Report on enteric fever
Disease focus: Fever
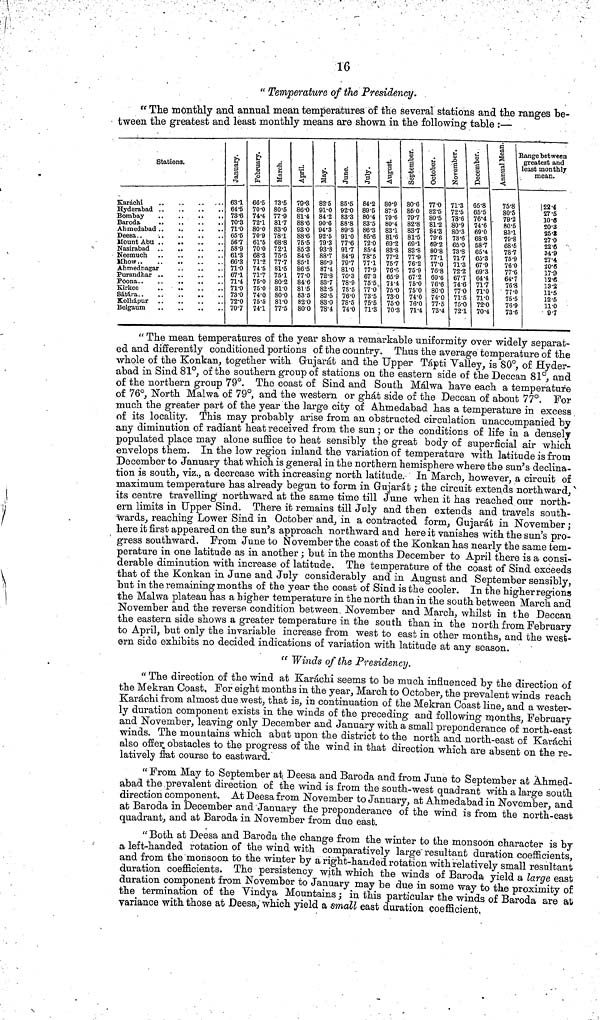
16
" Temperature of the Presidency.
" The monthly and annual mean temperatures of the several stations and the ranges be-
tween the greatest and least monthly means are shown in the following table :—
" The mean temperatures of the year show a remarkable uniformity over widely separat-
ed and differently conditioned portions of the country. Thus the average temperature of the
whole of the Konkan, together with Gujarat and the Upper Tá.pti Valley,, is 80°, of Hyder-
abad in Sind 81°, of the southern group of stations on the eastern side of the Deccan 81°, and
of the northern group 79°. The coast of Sind and South Málwa have each a temperature
of 76°, North Malwa of 79°, and the western or ghat side of the Deccan of about 77°. For
much the greater pa.rt of the year the large city of Ahmedabad has a temperature in excess
of its locality. This may probably arise from an obstructed circulation unaccompanied by
any diminution of radiant heat received from, the sun ; or the conditions of life in a densely
populated place may alone suffice to heat sensibly the great body of superficial air which
envelops them. In the low region inland the variation of temperature with latitude is from
December to January that which is general in the northern hemisphere where the sun's declina-
tion is south, viz., a decrease with increasing north latitude. In March, however, a circuit of
maximum temperature has already begun to form in Gujarat ; the circuit extends northward/
its centre travelling northward at the same time till June when it has reached our north-
ern limits in Upper Sind. There it remains till July and then extends and travels south-
wards, reaching Lower Sind in October and, in a contracted form, Gujarat in November ;
here it first appeared on the sun's approach northward and here it vanishes with the sun's pro-
gress southward. From June to November the coast of the Konkan has nearly the same tem-
perature in one latitude as in another ; but in the months December to April there is a consi-
derable diminution with increase of latitude. The temperature of the coast of Sind exceeds
that of the Konkan in June and July considerably and in August and September sensibly,
but in the remaining months of the year the coast of Sind is the cooler. In the higher régnons
the Malwa plateau has a higher temperature in the north than in the south between March and
November and the reverse condition between. November and March, whilst in the Deccan
the eastern side shows a greater temperature in the south than in the north from February
to April, but only the invariable increase from west to east in other months, and the west-
ern side exhibits no decided indications of variation with latitude at any season.
" Winds of the Presidency.
" The direction of the wind at Karachi seems to be much influenced by the direction of
the Mekran Coast, For eight months in the year, March to October, the prevalent winds reach
Karachi from almost due west, that is, in continuation of the Mekran Coast line., and a wester-
ly duration component exists in the winds of the preceding and following months, February
and November, leaving only December and January with a small preponderance of'north-east
winds. The mountains which abut upon the district to the north and north-east of Karachi
also offer obstacles to the progress of the wind in that direction which are absent on the re-
latively fiat course to eastward.
" From May to September at Deesa and Baroda and from June to September at Ahmed-
abad the .prevalent direction of the wind is from the south-west quadrant with a large south
direction component. At Deesa from November to January, at Ahmedabad in November, and
at Baroda in December and January the preponderance of the wind is from the north-east
quadrant, and at Baroda in November from due east.
"Both at Deesa and Baroda the change from the winter to the monsoon character is by
a left-handed rotation of the wind with comparatively large" resultant duration coefficients,
and from the monsoon to the winter by a right-handed rotation with relatively small resultant
duration coefficients. The persistency with which the winds of Baroda yield a large east
duration component from November to January may be due in some way to the proximity of
the termination of the Vindya Mountains ; in this particular the winds of Baroda are at
variance with those at Deesa, which yield a small east duration coefficient,
Stations,
Kü/ráclii
•
• *
Hyderabad
Bom
"bo*
v
•
BaTocls*
*
Ali rned abad
Mount Abu
Nasirabad
lST(î6nïUCll
Aíhow • •
AhmcdftOigar
3? urfludhar
3?oona. .
KirlcGG
Sátííi'a . .
Kolháput
Belgaum
63-1
64-5
73-6
70-3
71-0
65-6
56'7
58-9
61-3
66-3
71-0
67-1
71-4
71-0
73-0
72-0
70-7
60-5
70-0
74-4
72-1
80-0
70'9
61-5
70-0
68-3
71-2
74-5
71-7
75-0
75-0
74-0
75-5
74-1
73-5 79-3
80-5 86-0
77-9 81-4
81-7 88-6
83-0 93-0
78-1 88-6
68-8 76-5
72-1 85-3
75-5 84-6
77-7 85-1
81-5 86-5
75-1 77-0
80-2 84'6
81-0 81-5
80-0 83'5
81-0 82-0
77-5 80-0
82-5
91-0
84-2
90-6
94-3
92-5
79-3
93-8
88-7
86-9
87-4
72-8
83-7
82-5
82-5
83-0
78-4
85-5
92-0
83-3
88-8
89-S
91-0
77-6
91-7
84-9
79-7
81-0
70-3
78-9
7S-5
76-0
78 -5
74-0
84-2
89-5
80-4
83'5
86-3
85-6
72-0
85-4
78'5
77-1
77-9
67-3
75-5
77-0
73-5
75-5
71-3
80-9
87-5
79'6
80-4
83-1
81-6
69-2
83-8
77-2
75-7
76-P
65-9
71-4
75-0
73-0
75-0
70-
80-6
86-0
79-7
82-8
83-7
81-5
69-1
83-8
77-9
76-2
75'9
67'2
75-0
75-0
74-
76-
71-
77-0 1
82-5
80-5
81-2
84'3
79'6
69-2
80-8
77-1
77-0
76-8
69-6
76-6
80-0
74-0
77-5
73-4
71-3
72-5
78-6
80-9
80-3
73-6
1 65-0
73-8
71-7
71-3
72-2
67'
74-
77'
71-
75-
72-
r
65-8 1
65-5
76'4
74-6
69-0 1
68-6
58-7
65-4
65-3
67-9
69-3
64-4
71-7
71*0
71-0
72-0
70-4
75-8
80-5
79-2
80-5
83-1
79-8
68-5
78-7
75-9
76-0
77-6
1
64-7
76-8
77'C
75 •£
76-Ê
73-f
Range between
greatest and
least monthly
mean.
22.4
27-5
10-6
20-3
1
25-8
27-0
22-6 -
34-9
27-4
¿0-8
17.9
12-6
13-2
11-5
12-5
11-0
)
9-7